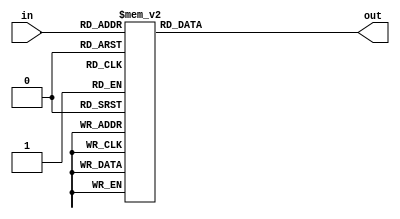
`timescale 1ns / 1ps
//////////////////////////////////////////////////////////////////////////////////
// Company: 
// Engineer: 
// 
// Design Name: 
// Module Name: lut
// Project Name: 
// Target Devices: 
// Tool Versions: 
// Description: 
// 
// Dependencies: 
// 
// Revision:
// Revision 0.01 - File Created
// Additional Comments:
// 
//////////////////////////////////////////////////////////////////////////////////


module lut(

    input [3:0] in,
    output reg [3:0] out

    );
    
    always @(*)
    begin
        case(in)
        
            4'b0000: out = 4'b1111;
            4'b0001: out = 4'b1110; 
            4'b0010: out = 4'b1101; 
            4'b0011: out = 4'b1100;
            4'b0100: out = 4'b1011;
            4'b0101: out = 4'b1010; 
            4'b0110: out = 4'b1001; 
            4'b0111: out = 4'b1000;
            4'b1000: out = 4'b0111;
            4'b1001: out = 4'b0110; 
            4'b1010: out = 4'b0101; 
            4'b1011: out = 4'b0100;
            4'b1100: out = 4'b0011;
            4'b1101: out = 4'b0010; 
            4'b1110: out = 4'b0001; 
            4'b1111: out = 4'b0000;
            
        
        endcase
        
    end
    
    
endmodule